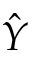
\hat { Y }